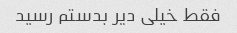
فقط خیلی دیر بدستم رسید